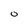
Character: O